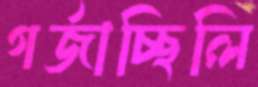
গর্জাচ্ছিলি